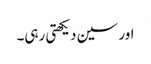
اور سین دیکھتی رہی۔